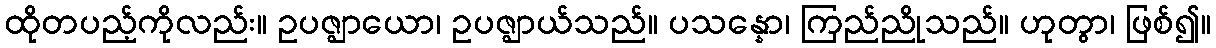
ထိုတပည့်ကိုလည်း။ ဥပဇ္ဈာယော၊ ဥပဇ္ဈာယ်သည်။ ပသန္နော၊ ကြည်ညိုသည်။ ဟုတွာ၊ ဖြစ်၍။